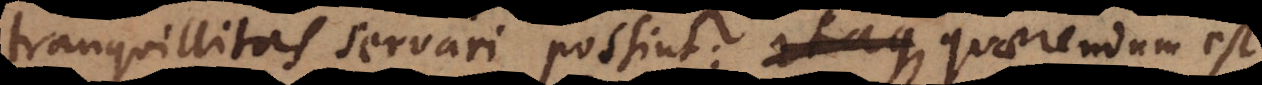
tranquillitas servari possint; itaque considerandum hin